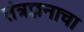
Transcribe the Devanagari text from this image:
तंत्रज्ञनाचा